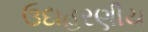
ઉદાહરણીય